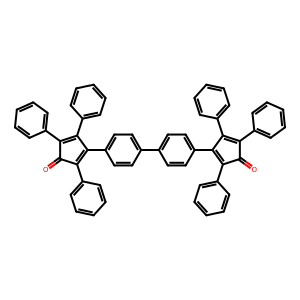
SMILES: O=C1C(c2ccccc2)=C(c2ccccc2)C(c2ccc(-c3ccc(C4=C(c5ccccc5)C(=O)C(c5ccccc5)=C4c4ccccc4)cc3)cc2)=C1c1ccccc1
Inhibits HIV replication: No